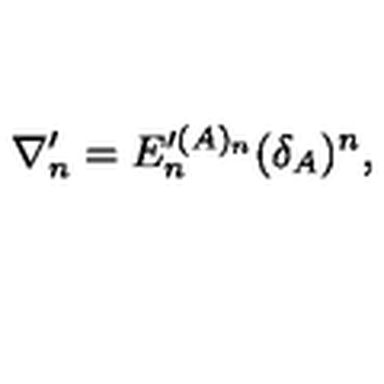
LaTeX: \nabla _ { n } ^ { \prime } = E _ { n } ^ { \prime ( A ) _ { n } } ( \delta _ { A } ) ^ { n } ,